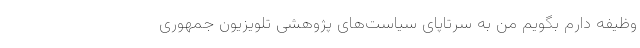
وظیفه‌ دارم بگویم من به سرتاپای سیاست‌های پژوهشی تلویزیون جمهوری